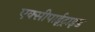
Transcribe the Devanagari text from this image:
एक्सीपाईट्राइड